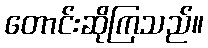
တောင်းဆိုကြသည်။